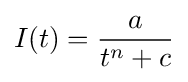
I(t)={\frac {a}{t^{n}+c}}